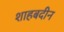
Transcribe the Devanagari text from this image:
शाहबदीन